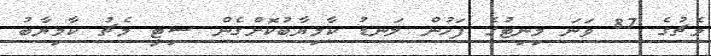
މެޗުގެ 87 ވަނަ މިނިޓުގެ ފަހުން ލަނޑު ކާމިޔާބުކޮށްގެން ސިޓީ މެޗު ކާމިޔާބު